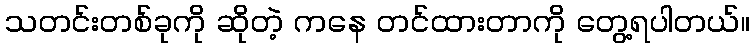
သတင်းတစ်ခုကို ဆိုတဲ့ ကနေ တင်ထားတာကို တွေ့ရပါတယ်။